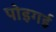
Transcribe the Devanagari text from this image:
पोइगई